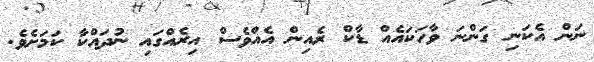
ނަން އެކަނި ގަންނަ ވާހަކައެއް ޑާކް ރެއިން އެއްވެސް އިރެއްގައި ނުދައްކާ ކަމަށެވެ.